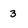
Character: 3